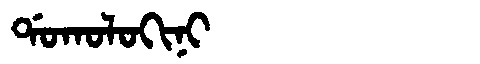
Manchu: ᡩᠣᡴᠣᠯᠣᡴᡳᠨᡳ
Romanization: DOKOLOKINI